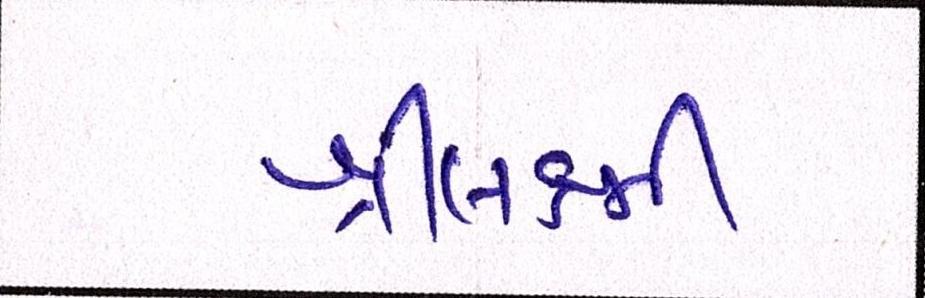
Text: શ્રીલક્ષ્મી